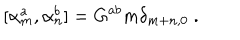
\qquad [ \alpha _ { m } ^ { a } , \alpha _ { n } ^ { b } ] = G ^ { a b } m \delta _ { m + n , 0 } \ .